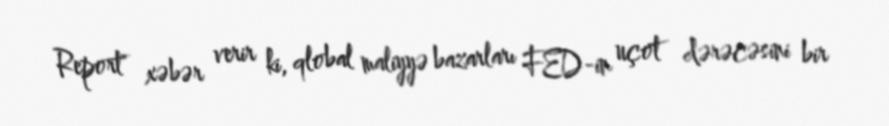
Report" xəbər verir ki, qlobal maliyyə bazarları FED-in uçot dərəcəsini bir